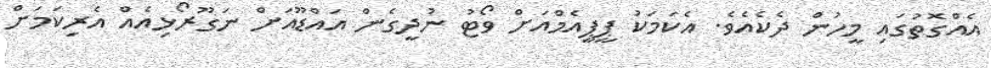
އެއްގޮތުގައި މީހުން ދެކެއެވެ. އެކަމަކު ޕީޕީއެމްއަށް ވޯޓު ނުދީގެން އައްޑޫއަށް ނަގޫރޯޅިއެއް އެރިކަމަށް